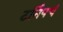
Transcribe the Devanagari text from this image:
टर्निपचं